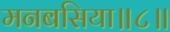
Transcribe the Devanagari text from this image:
मनबसिया॥८॥